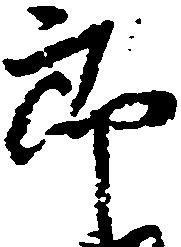
郎